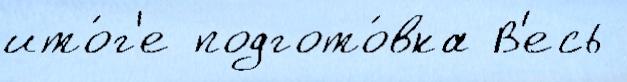
ито́г'е подгото́вка В'есь